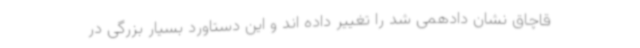
قاچاق نشان دادهمی شد را تغییر داده اند و این دستاورد بسیار بزرگی در